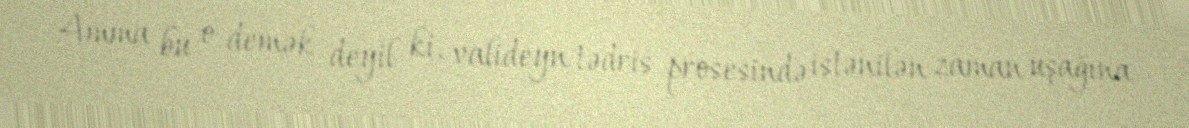
Amma bu o demək deyil ki, valideyn tədris prosesində istənilən zaman uşağına